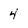
Character: 4